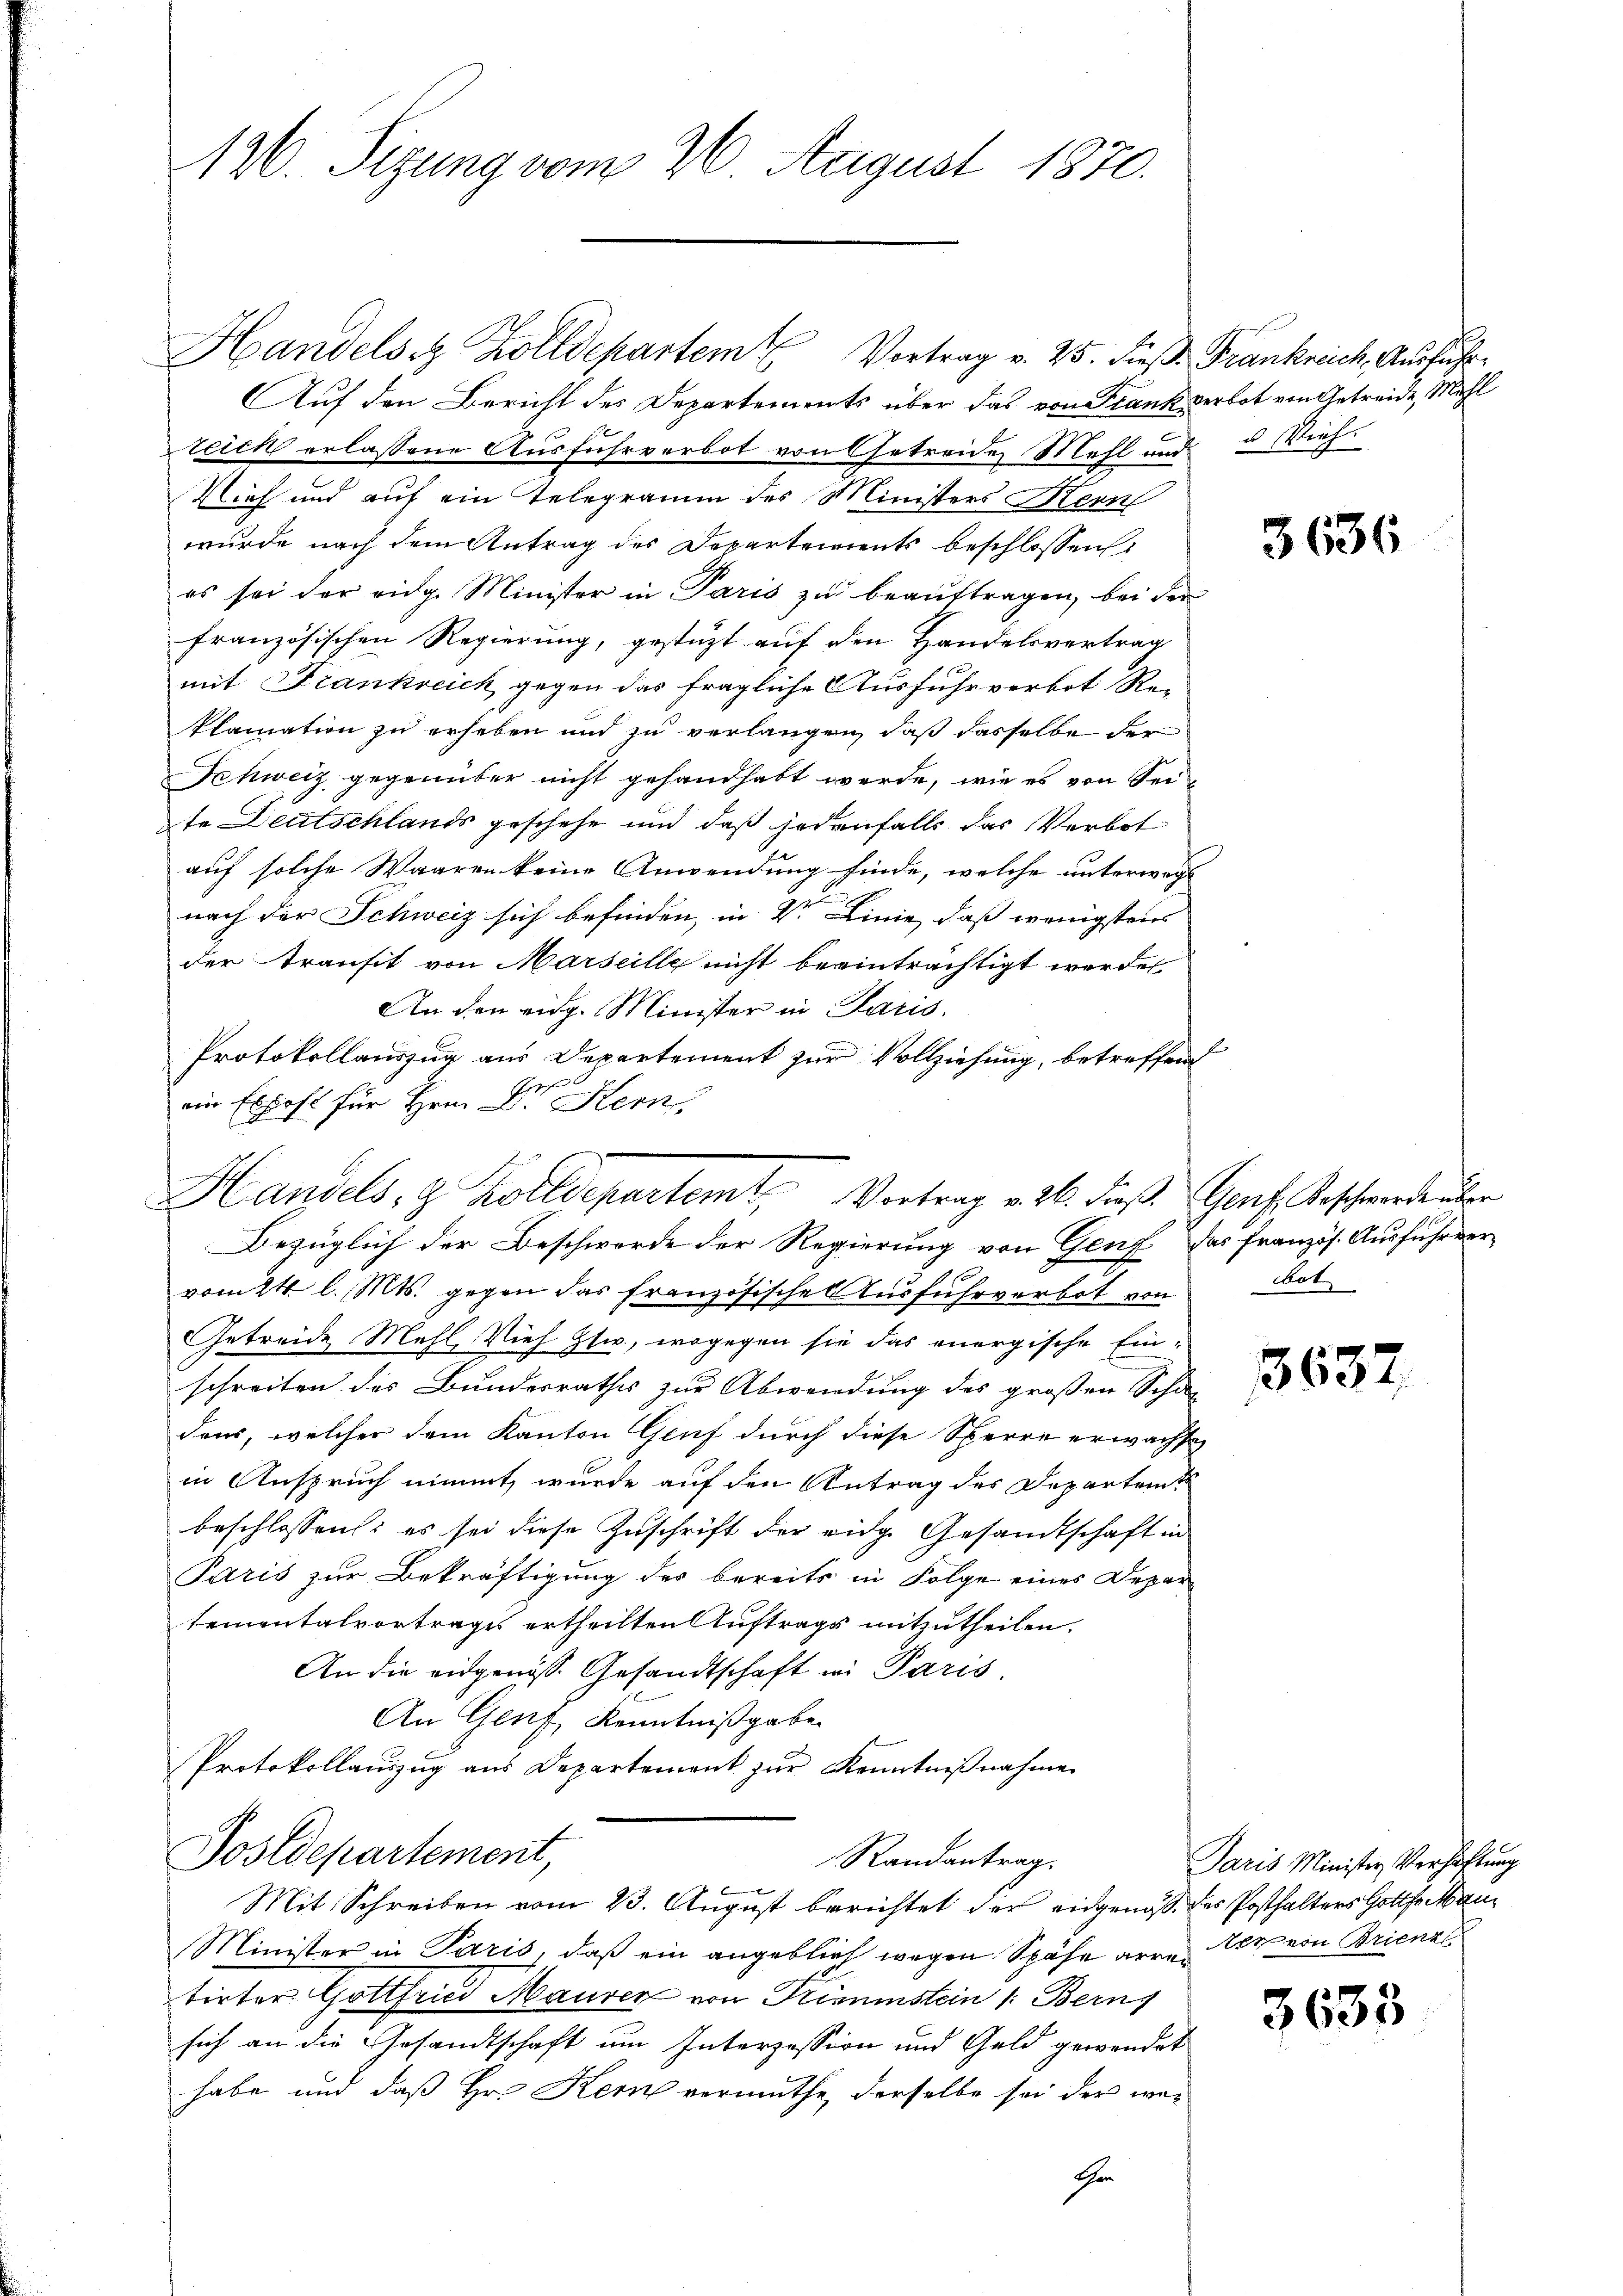
126. Sizung vom 26. August 1870.

Handelst Zolldepartem Vortrag v. 25. dieβ. Frankreich Ausführ¬
Auf den Bericht des Departements über das von Frank verbot von Getreide, Mehl
teich erlassene Ausfuhrverbot von Getreide Mehl und u Vieh¬
Vieh und auf ein Telegramm des Ministers Hern
wurde nach dem Antrag des Departements beschlossen,
es sei der eidg. Minister in Paris zu beauftragen, bei der
französischen Regierung, gestützt auf den Handelsvertrag
mit Frankreich gegen das fragliche Ausfuhrverbot Re-
klamation zu erheben und zu verlangen, daß dasselbe der
Schweiz gegenüber nicht gehandhabt werde, wie es von Seite Deutschlands geschehe und daß jedenfalls das Verbot
auf solche Waaren keine Anwendung finde, welche unterwegs
nach der Schweiz sich befinden, in V. Linie, daß wenigstens
der Transit von Marseille nicht beeinträchtigt werden
An den eidg. Minister in Paris.
Protokollauszug aus Departement zur Vollziehung, betreffend
zehen.
ein Expost für Hrn. D. Kern,
vom 24. l. Mts. gegen das französischen Ausfuhrverbot von
Getreide Mehl, Vieh ztw., wogegen sie das energische Einschreiten des Bundesrathes zur Abwendung des großen Scha-
dens, welcher dem Kanton Genf durch diese Sperre erwachse
in Anspruch nimmt, wurde auf den Antrag des Departet
beschlossen: es sei diese Zuschrift der eidge Gesandtschaft in
Paris zur Bekräftigung des bereits in Folge eines Depar
tementalvortrages ertheilten Auftrags mitzutheilen.
An die eidgenöss. Gesandtschaft in Paris
An Genf, Kenntnißgabe
Protokollauszug aus Departement zur Kenntnißnahme
Postdepartement,
Randantrag.
Mit Schreiben vom 23. August berichtet der eidgenoß des Posthalters Gotthau¬
Minister in Paris, daß ein angeblief wegen Spähe arre Art von Brienz
tirter Gottfried Maurer von Trimmstein /: Bern,
sich an die Gesandtschaft um Interzession und Geld gewendet
habe und daß Hr. Kern vermuthe, derselbe sei der wei
Chen

Handels, z. Kolldepartemt, Vortrag v. 26. dieß. Genf. Beschwerde über
Bezüglich der Beschwerde der Regierung von Genf das französ. Ausfuhrver-

f

3636

bot

3632

3635

Paris Minister Verhaltung